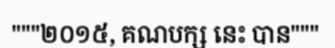
"""២០១៥, គណបក្ស នេះ បាន"""